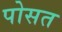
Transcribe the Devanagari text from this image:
पोसत